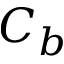
C _ { b }